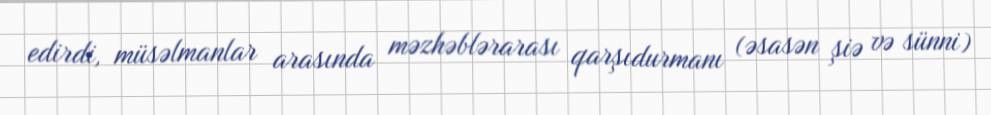
edirdi, müsəlmanlar arasında məzhəblərarası qarşıdurmanı (əsasən şiə və sünni)